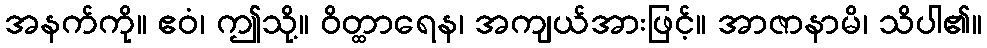
အနက်ကို။ ဧဝံ၊ ဤသို့။ ဝိတ္ထာရေန၊ အကျယ်အားဖြင့်။ အာဇာနာမိ၊ သိပါ၏။